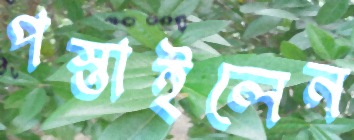
পস্তাইলেন